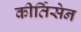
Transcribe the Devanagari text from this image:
कीर्तिसेन